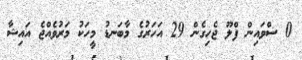
0 ސްވައިން ފްލޫ ޖެހިގެން 29 އަހަރުގެ މާބަނޑު މީހަކު މަރުވެއްޖެ އައިޝާ